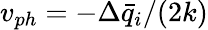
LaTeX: v_{ph}=-\Delta\bar{q}_{i}/(2k)